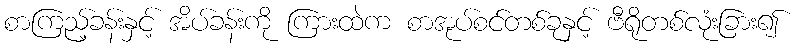
စာကြည့်ခန်းနှင့် အိပ်ခန်းကို ကြားထဲက စာအုပ်စင်တစ်ခုနှင့် ဗီရိုတစ်လုံးခြား၍